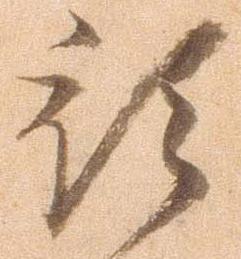
預